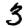
Digit: 3